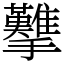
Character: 𢺋